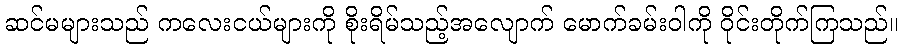
ဆင်မများသည် ကလေးငယ်များကို စိုးရိမ်သည့်အလျောက် မောက်ခမ်းဝါကို ဝိုင်းတိုက်ကြသည်။